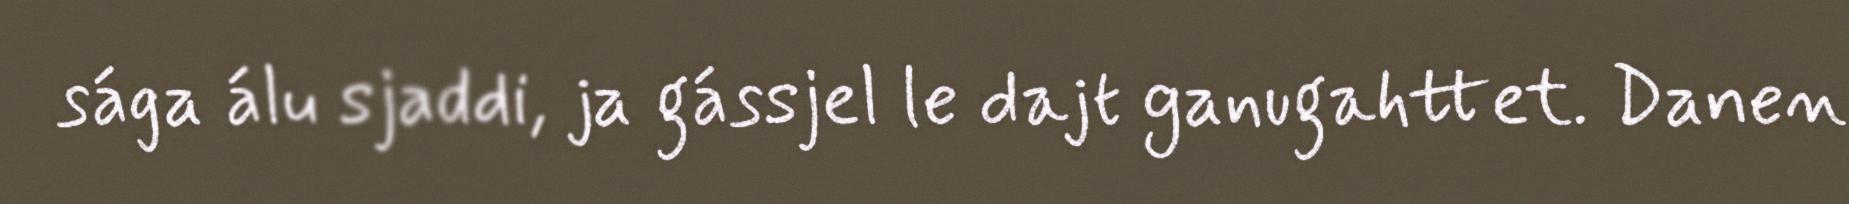
sága álu sjaddi, ja gássjel le dajt ganugahttet. Danen